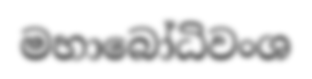
මහාබෝධිවංශ